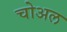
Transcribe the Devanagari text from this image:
चोअल